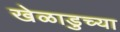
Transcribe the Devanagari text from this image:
खेळाडुच्या